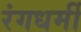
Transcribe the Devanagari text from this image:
रंगधर्मी